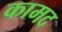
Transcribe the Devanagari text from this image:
कामद